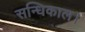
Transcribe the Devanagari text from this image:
सन्धिकाल।